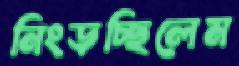
নিংড়চ্ছিলেম